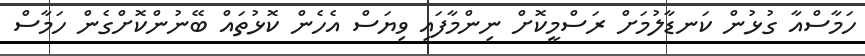
ހަމާސްއާ ގުޅުން ކަނޑާލުމަށް ރަސްމީކޮށް ނިންމާފައި ވިޔަސް އެހެން ކޮޅުތައް ބޭނުންކޮށްގެން ހަމާސް